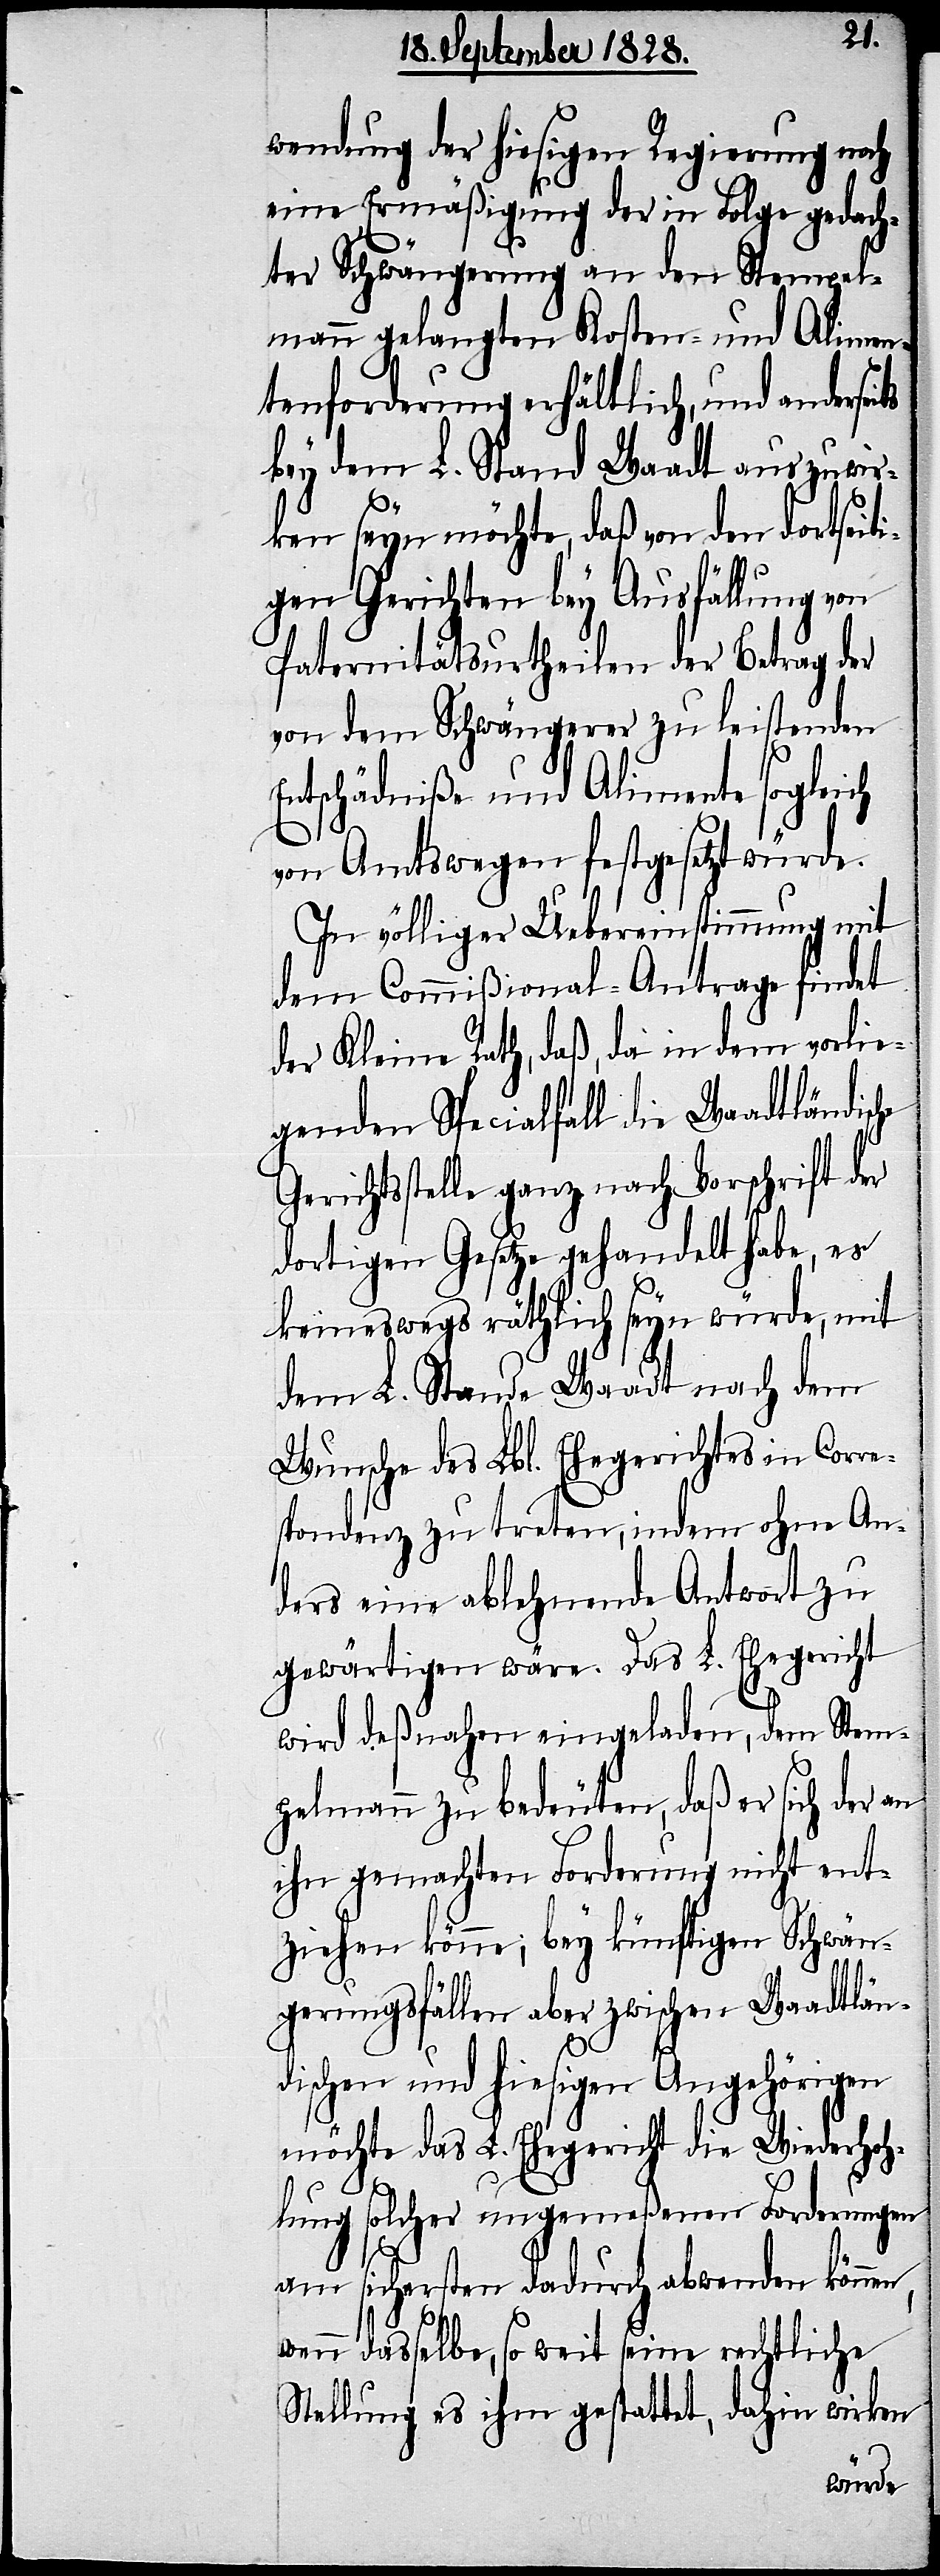
wendung der hiesigen Regierung noch
eine Ermäßigung der in Folge gedach¬
ter Schwängerung an den Stempel¬
mann gelangten Kosten- und Alimen¬
tenforderung erhältlich, und anderseits
bey dem L. Stand Waadt auszuwir¬
ken seyn möchte, daß von den dortseiti¬
gen Gerichten bey Ausfällung von
Paternitätsurtheilen der Betrag der
von dem Schwängerer zu leistenden
Entschädniße und Alimente sogleich
von Amtswegen festgesetzt würde.
In völliger Uebereinstimmung mit
den Commißional-Antrage findet
der Kleine Rath, daß, da in dem vorlie¬
genden Specialfall die Waadtländische
Gerichtsstelle ganz nach Vorschrift der
dortigen Gesetze gehandelt habe, es
keineswegs räthlich seyn würde, mit
dem L. Stande Waadt nach dem
Wunsche des Lbl. Ehegerichtes in Corre¬
spondenz zu treten, indem ohne An¬
ders eine ablehnende Antwort zu
gewärtigen wäre. Das L. Ehegericht
wird deßnahen eingeladen, dem Stem¬
pelmann zu bedeuten, daß er sich der an
ihn gemachten Forderung nicht ent¬
ziehen könne; bey künftigen Schwän¬
gerungsfällen aber zwischen Waadtlän¬
dischen und hiesigen Angehörigen
möchte das L. Ehegericht die Wiederhoh¬
lung solcher ungemeßenen Forderungen
am sichersten dadurch abwenden können,
wenn dasselbe, so weit seine rechtliche
Stellung es ihm gestattet, dahin wirken